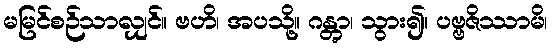
မမြင်စဉ်သာလျှင်။ ဗဟိ၊ အပသို့။ ဂန္တွာ၊ သွား၍။ ပဗ္ဗဇိဿာမိ၊